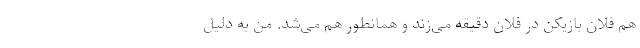
هم فلان بازیکن در فلان دقیقه می‌زند و همانطور هم می‌شد. من به دلیل